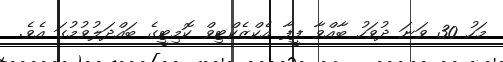
މަހު 30 ވަނަ ދުވަހު ބާއްވާ ފީފާ އެކްޒެކްޓިވް ކޮމިޓީގެ ބައްދަލުވުމުގަ އެވެ.